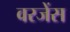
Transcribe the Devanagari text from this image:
वरजेंस